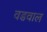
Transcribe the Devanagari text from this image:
वडवाल